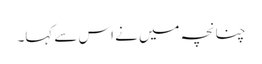
چنانچہ میں نے اس سے کہا۔